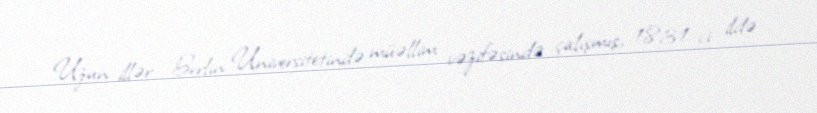
Uzun illər Berlin Universitetində müəllim vəzifəsində çalışmış, 1831-ci ildə